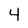
Character: 4